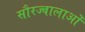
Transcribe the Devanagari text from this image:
सौरज्वालाओं